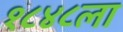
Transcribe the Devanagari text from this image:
१८४८ला